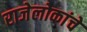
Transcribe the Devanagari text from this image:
राजेलोकांचे